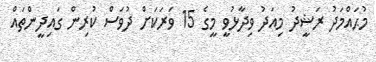
މުޙައްމަދު ރަޝީދު މިއަދު ވިދާޅުވީ މީގެ 15 ވަރަކަށް ދުވަސް ކުރިން ގައިދީންތައް